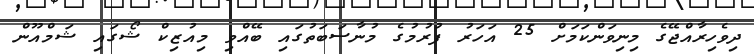
ދިވެހިރާއްޖޭގެ މިނިވަންކަމަށް 25 އަހަރު ފުރުމުގެ މުނާސަބަތުގައި ބޭއްވި މިއުޒިކް ޝޯގައި ޝަމްއޫން